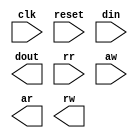
module fifostage(
		 input wire 	   clk,
		 input wire 	   reset,
		 input wire [7:0]  din,
		 output wire [7:0] dout,
		 input wire 	   rr, /* request read */
		 input wire 	   aw, /* ack write    */
		 output wire 	   ar, /* ack read     */
		 output wire 	   rw /*  request write */
		 );
   
   // define a single-stage FIFO with a follower protocol at the input and an initiator protocol at the output
   
endmodule